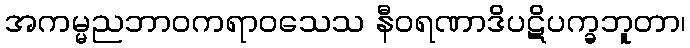
အကမ္မညဘာဝကရာဝသေသ နီဝရဏာဒိပဋိပက္ခဘူတာ၊